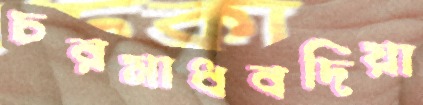
চরমাধবদিয়া